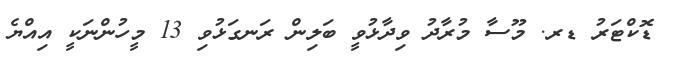
ޑޮކްޓަރު ޑރ. މޫސާ މުރާދު ވިދާޅުވީ ބަލިން ރަނގަޅުވި 13 މީހުންނަކީ އިއްޔެ